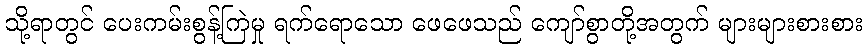
သို့ရာတွင် ပေးကမ်းစွန့်ကြဲမှု ရက်ရောသော ဖေဖေသည် ကျော်စွာတို့အတွက် များများစားစား